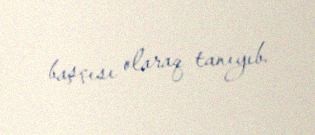
başçısı olaraq tanıyıb.